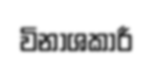
විනාශකාරී